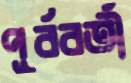
পূর্ববর্তী